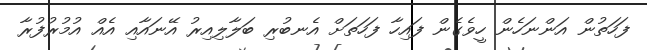
ފަހަތުން އަންނަހެން ހީވެގެން ފައިހާ ފަހަތަށް އެނބުރި ބަލާލިއިރު އޭނައާއި އެއް އުމުރުފުރާ